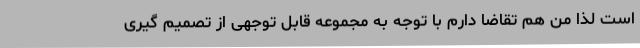
است لذا من هم تقاضا دارم با توجه به مجموعه قابل توجهی از تصمیم گیری